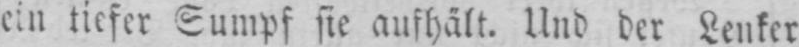
ein tiefer Sumpf sie aufhält. Und der Lenker